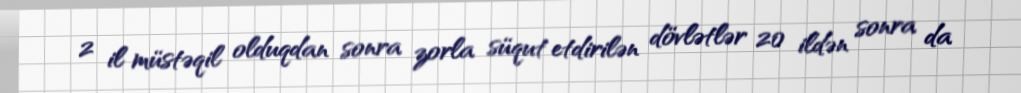
2 il müstəqil olduqdan sonra zorla süqut etdirilən dövlətlər 20 ildən sonra da